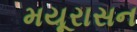
મયૂરાસન